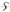
Text: S